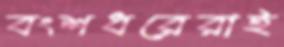
বংশধরেরাই